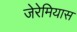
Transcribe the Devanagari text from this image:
जेरेमियास